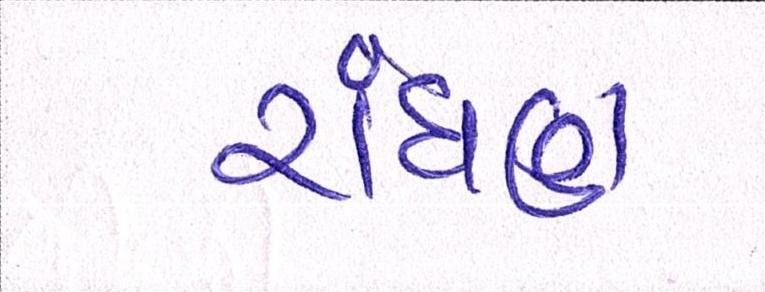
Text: રાંધણ